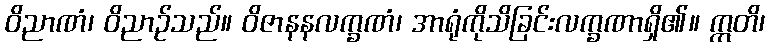
ဝိညာဏံ၊ ဝိညာဉ်သည်။ ဝိဇာနနလက္ခဏံ၊ အာရုံကိုသိခြင်းလက္ခဏာရှိ၏။ ဣတိ၊